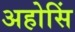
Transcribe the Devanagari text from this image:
अहोसिं